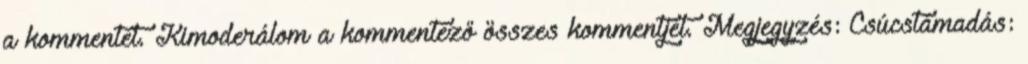
a kommentet. Kimoderálom a kommentező összes kommentjét. Megjegyzés: Csúcstámadás: